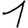
Digit: 1